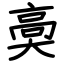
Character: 䯨